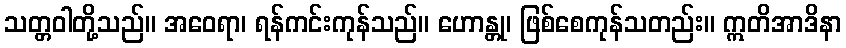
သတ္တဝါတို့သည်။ အဝေရာ၊ ရန်ကင်းကုန်သည်။ ဟောန္တု၊ ဖြစ်စေကုန်သတည်း။ ဣတိအာဒိနာ